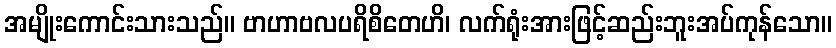
အမျိုးကောင်းသားသည်။ ဗာဟာဗလပရိစိတေဟိ၊ လက်ရုံးအားဖြင့်ဆည်းဘူးအပ်ကုန်သော။